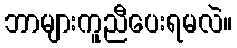
ဘာများကူညီပေးရမလဲ။